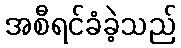
အစီရင်ခံခဲ့သည်